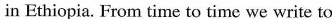
in Ethiopia.From time to time we write to